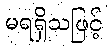
မရရှိသဖြင့်